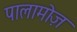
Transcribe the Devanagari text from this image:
पालामोज़